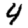
Digit: 4